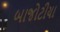
બાજોટીયા